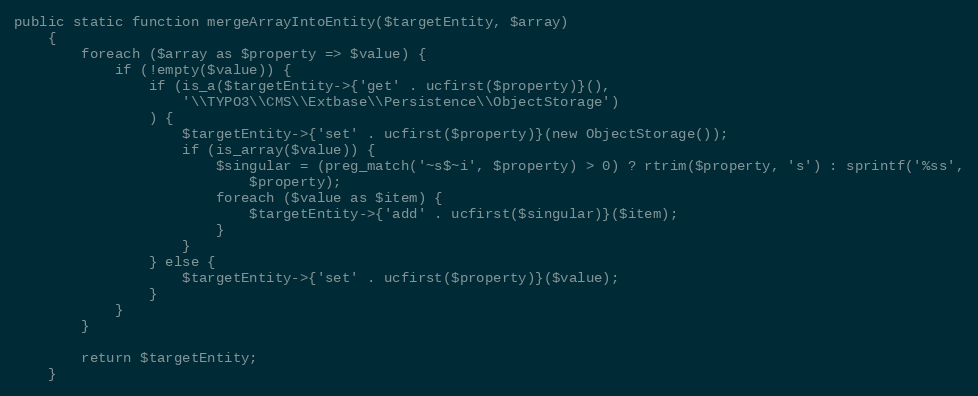
Language: PHP
public static function mergeArrayIntoEntity($targetEntity, $array)
    {
        foreach ($array as $property => $value) {
            if (!empty($value)) {
                if (is_a($targetEntity->{'get' . ucfirst($property)}(),
                    '\\TYPO3\\CMS\\Extbase\\Persistence\\ObjectStorage')
                ) {
                    $targetEntity->{'set' . ucfirst($property)}(new ObjectStorage());
                    if (is_array($value)) {
                        $singular = (preg_match('~s$~i', $property) > 0) ? rtrim($property, 's') : sprintf('%ss',
                            $property);
                        foreach ($value as $item) {
                            $targetEntity->{'add' . ucfirst($singular)}($item);
                        }
                    }
                } else {
                    $targetEntity->{'set' . ucfirst($property)}($value);
                }
            }
        }

        return $targetEntity;
    }